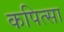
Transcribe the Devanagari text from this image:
कपित्सा